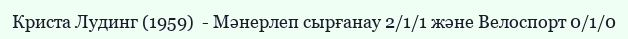
Криста Лудинг (1959)  - Мәнерлеп сырғанау 2/1/1 және Велоспорт 0/1/0